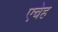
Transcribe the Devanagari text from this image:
एचेह